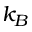
k _ { B }